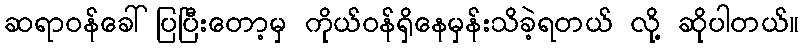
ဆရာဝန်ခေါ်ပြပြီးတော့မှ ကိုယ်ဝန်ရှိနေမှန်းသိခဲ့ရတယ် လို့ ဆိုပါတယ်။